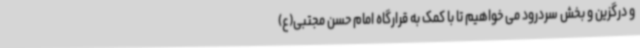
و درگزین و بخش سردرود می خواهیم تا با کمک به قرارگاه امام حسن مجتبی(ع)